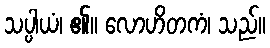
သပ္ပါယံ၊ ၏။ လောဟိတကံ၊ သည်။